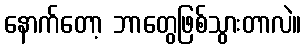
နောက်တော့ ဘာတွေဖြစ်သွားတာလဲ။